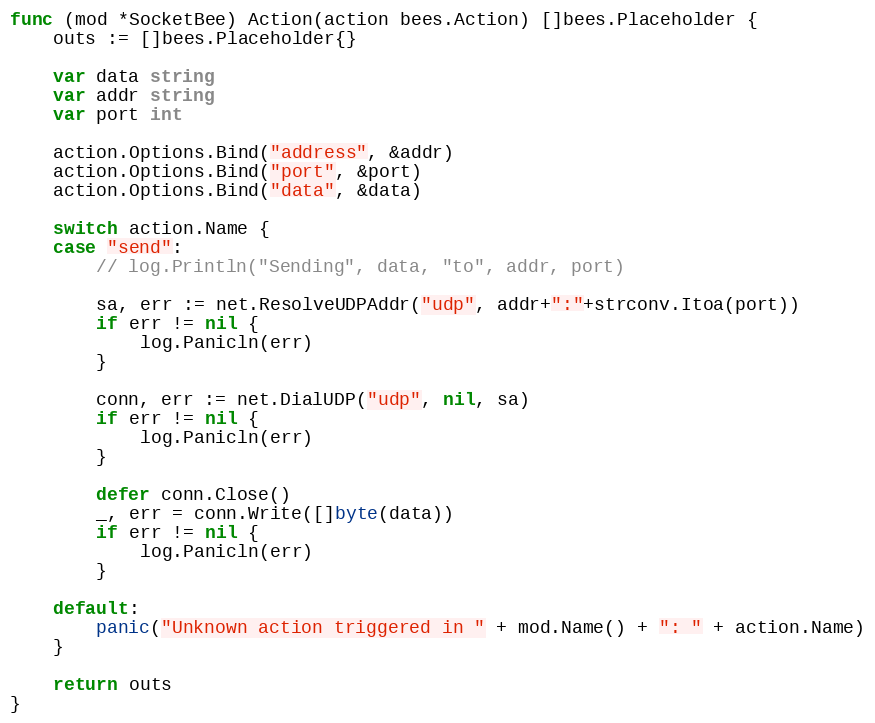
Language: Go
func (mod *SocketBee) Action(action bees.Action) []bees.Placeholder {
	outs := []bees.Placeholder{}

	var data string
	var addr string
	var port int

	action.Options.Bind("address", &addr)
	action.Options.Bind("port", &port)
	action.Options.Bind("data", &data)

	switch action.Name {
	case "send":
		// log.Println("Sending", data, "to", addr, port)

		sa, err := net.ResolveUDPAddr("udp", addr+":"+strconv.Itoa(port))
		if err != nil {
			log.Panicln(err)
		}

		conn, err := net.DialUDP("udp", nil, sa)
		if err != nil {
			log.Panicln(err)
		}

		defer conn.Close()
		_, err = conn.Write([]byte(data))
		if err != nil {
			log.Panicln(err)
		}

	default:
		panic("Unknown action triggered in " + mod.Name() + ": " + action.Name)
	}

	return outs
}